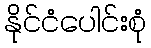
နိုင်ငံပေါင်းစုံ